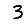
Digit: 3